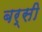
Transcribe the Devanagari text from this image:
बर्सी